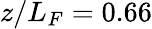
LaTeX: z/L_{F}=0.66